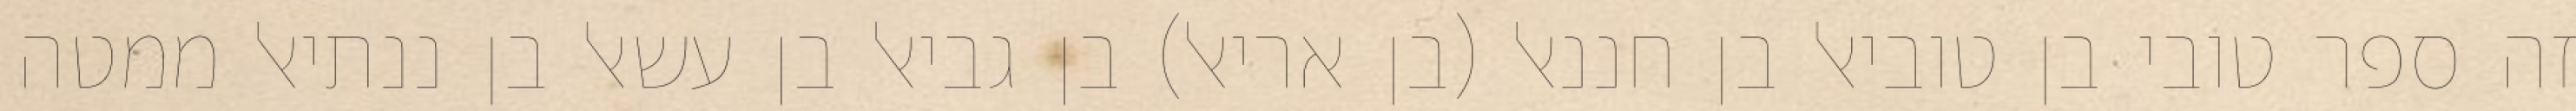
זה ספר טובי בן טוביאל בן חננאל (בן אריאל) בן גביאל בן עשאל בן ננתיאל ממטה